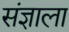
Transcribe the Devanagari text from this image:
संज्ञाला